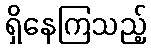
ရှိနေကြသည့်